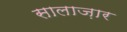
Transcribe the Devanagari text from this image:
सालाज़ार